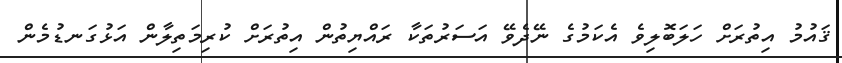
ޤައުމު އިތުރަށް ހަލަބޮލިވެ އެކަމުގެ ނޭދެވޭ އަސަރުތަކާ ރައްޔިތުން އިތުރަށް ކުރިމަތިލާން އަޅުގަނޑުމެން